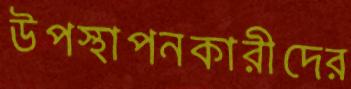
উপস্থাপনকারীদের